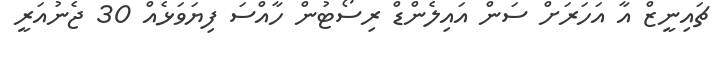
ޗައިނީޒް އާ އަހަރަށް ސަން އައިލެންޑް ރިސޯޓުން ހާއްސަ ފިޔަވަޅެއް 30 ޖެނުއަރީ